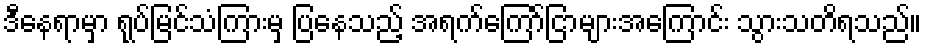
ဒီနေရာမှာ ရုပ်မြင်သံကြားမှ ပြနေသည့် အရက်ကြော်ငြာများအကြောင်း သွားသတိရသည်။